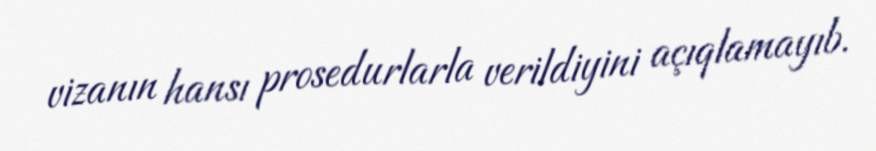
vizanın hansı prosedurlarla verildiyini açıqlamayıb.